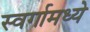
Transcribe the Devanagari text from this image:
स्वर्गामध्ये